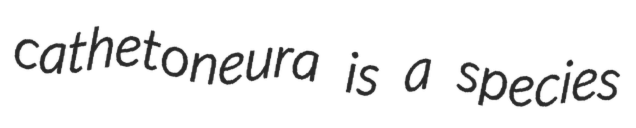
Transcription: cathetoneura is a species